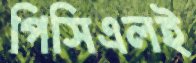
পিসিএলই